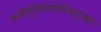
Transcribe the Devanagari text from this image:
फलैर्मूलैर्वनोत्थैश्चपूज्याः